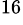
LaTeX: ^{16}